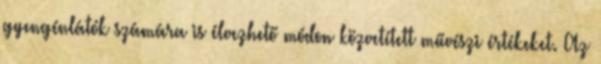
gyengénlátók számára is élvezhető módon közvetített művészi értékeket. Az